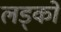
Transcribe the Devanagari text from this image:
लड्कों